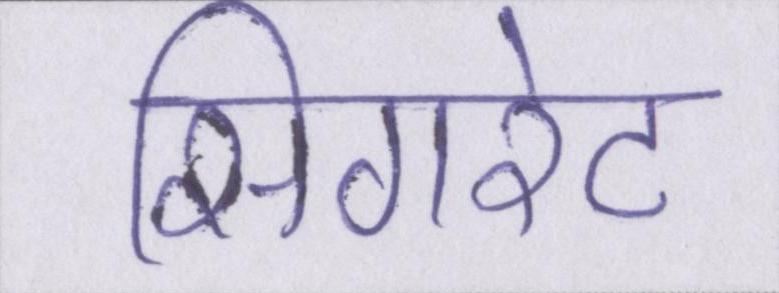
सिगरेट